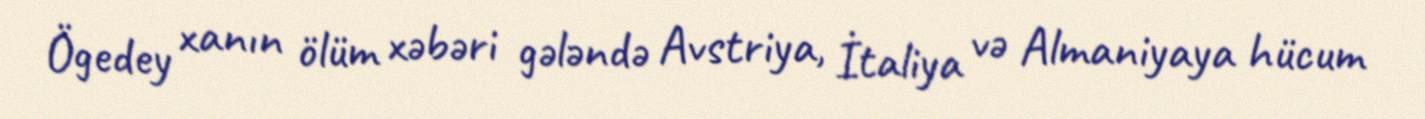
Ögedey xanın ölüm xəbəri gələndə Avstriya, İtaliya və Almaniyaya hücum